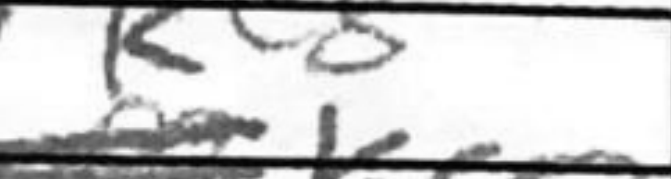
Transcription: Ke8